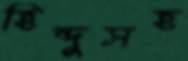
হিন্দুসহ